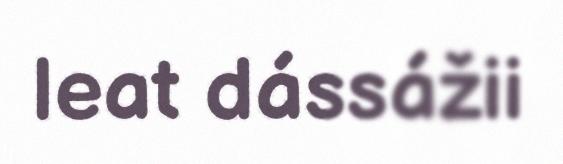
leat dássážii